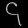
Digit: ၄